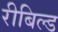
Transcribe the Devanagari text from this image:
रीबिल्ड